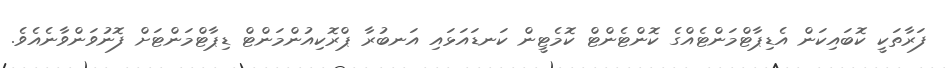
ފަރާތަކީ ކޮބައިކަން އެޑިޕާޓްމަންޓެއްގެ ކޮންޓެންޓް ކޮމެޓީން ކަނޑައަޅައި އަނބުރާ ޕްރޮކިއުންމަންޓް ޑިޕާޓްމަންޓަށް ފޮނުވަންވާނެއެވެ.